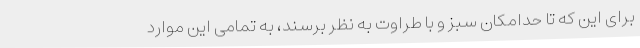
برای این که تا حدامکان سبز و با طراوت به نظر برسند، به تمامی این موارد